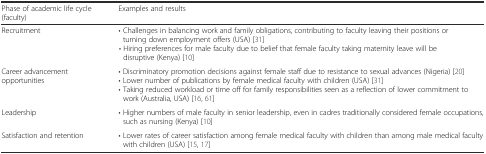
| Phase of academic life cycle (faculty) | Examples and results |
 | --- | --- |
 | Recruitment | • Challenges in balancing work and family obligations, contributing to faculty leaving their positions or turning down employment offers (USA) [31]• Hiring preferences for male faculty due to belief that female faculty taking maternity leave will be disruptive (Kenya) [10] |
 | Career advancement opportunities | • Discriminatory promotion decisions against female staff due to resistance to sexual advances (Nigeria) [20]• Lower number of publications by female medical faculty with children (USA) [31]• Taking reduced workload or time off for family responsibilities seen as a reflection of lower commitment to work (Australia, USA) [16, 61] |
 | Leadership | • Higher numbers of male faculty in senior leadership, even in cadres traditionally considered female occupations, such as nursing (Kenya) [10] |
 | Satisfaction and retention | • Lower rates of career satisfaction among female medical faculty with children than among male medical faculty with children (USA) [15, 17] |